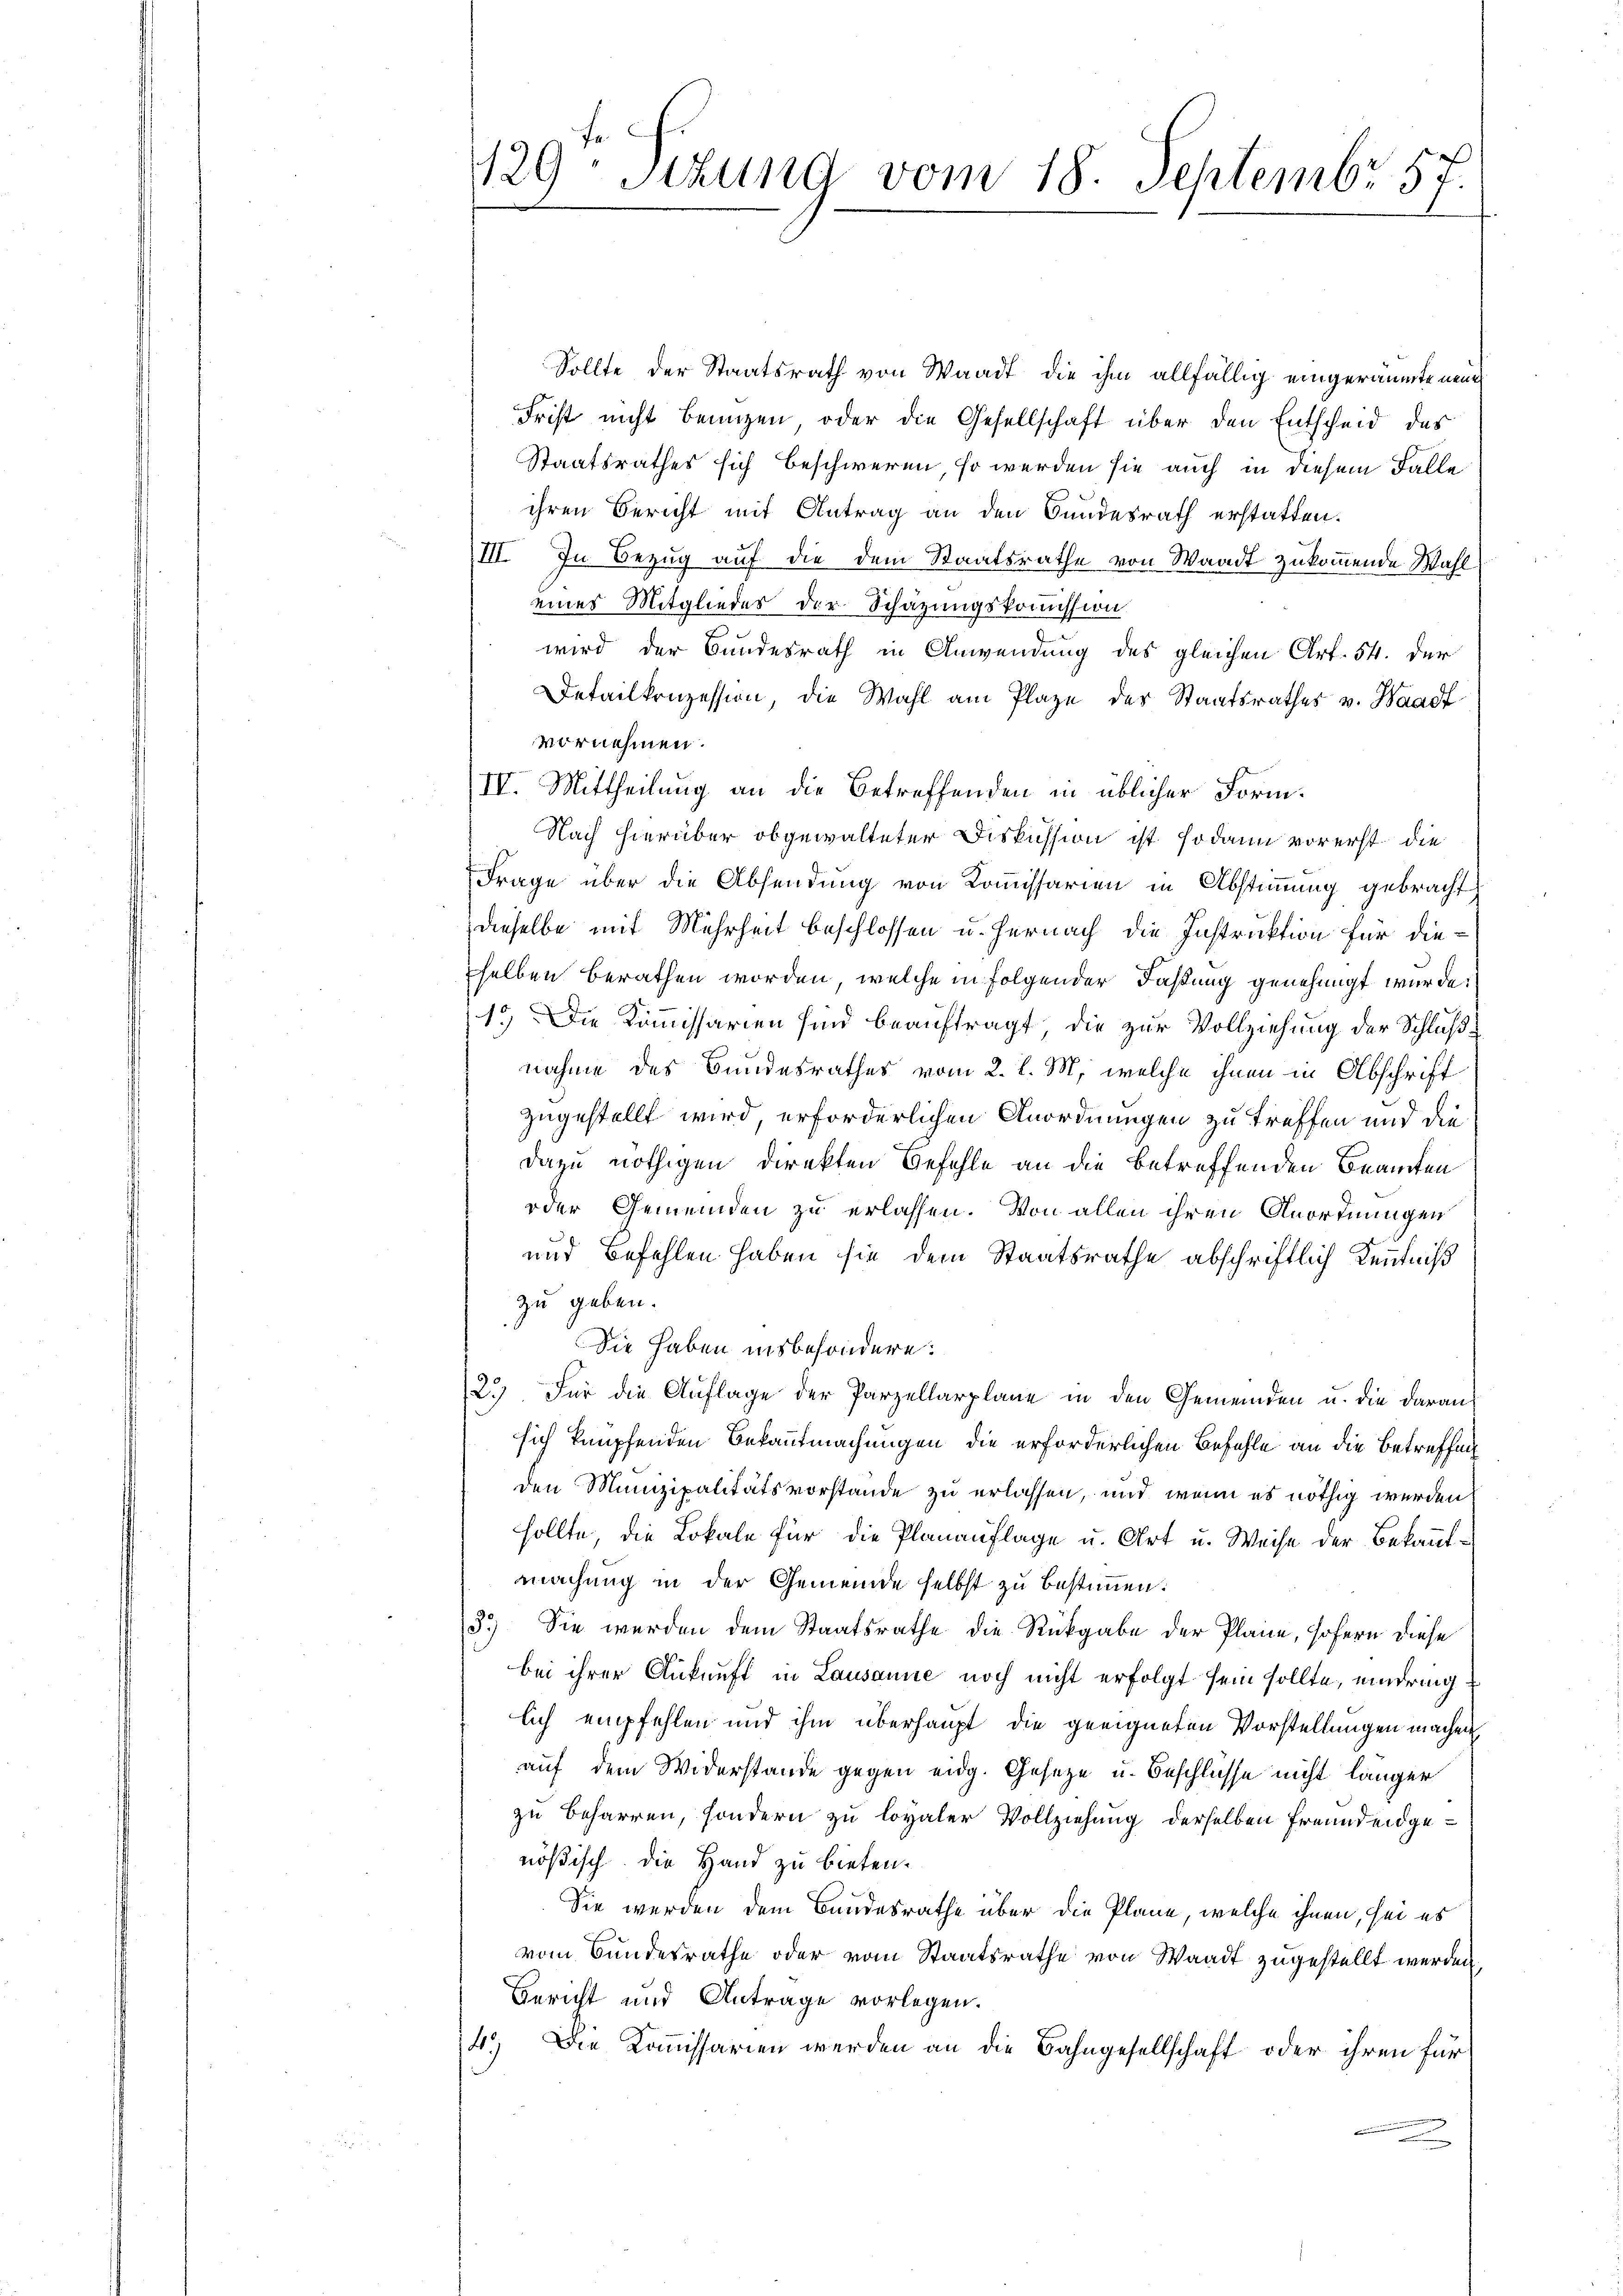
Sollte der Staatsrath von Waadt die ihm allfällig eingeräumte neue
Frist nicht benuzen oder die Gesellschaft über den Entscheid des
Staatsrathes sich beschweren, so werden sie auch in diesem Falle
ihren Bericht mit Antrag an den Bundesrath erstatten.
III. In Bezug auf die dem Staatsrathe von Waadt zukommende Wahl
eines Mitgliedes der Schazungskommission
wird der Bundesrath in Anwendung des gleichen Art. 54. der
Detailkonzession, die Wahl am Plaze des Staatsrathes v. Waadt
vornehmen.
IV. Mittheilung an die Betreffenden in üblicher Form.
Nach hierüber obgewalteter Diskussion ist sodann vorerst die
Frage über die Absendung von Kommissarien in Abstimmung gebracht,
dieselbe mit Mehrheit beschlossen u. hernach die Instruktion für diesselben berathen worden, welche in folgender Faßung genehmigt wurde.
1.) Die Kommissarien sind beauftragt, die zur Vollziehung der Schlußnahme des Bundesrathes vom 2. l. M., welche ihnen in Abschrift
zugestellt wird, erforderlichen Anordnungen zu treffen und die
dazu nöthigen direkten Befehle an die betreffenden Beamten
oder Gemeinden zu erlassen. Von allen ihren Anordnungen
und Befehlen haben sie dem Staatsrathe abschriftlich Kenntniß
zu geben.
Die haben insbesondere:
2.) Für die Auflage der Parzellarplane in den Gemeinden u. die daran-
sich knüpfenden Bekanntmachungen die erforderlichen Befehle an die Betreffen
den Munizipalitätsvorstande zu erlassen, und wenn es nöthig werden
sollte, die Lokale für die Planauflage u. Art u. Weise der Bekanntmachung in der Gemeinde selbst zu bestimmen:
3.) Sie werden dem Staatsrathe die Rückgabe der Plane, sofern diese
bei ihrer Ankunft in Lausanne noch nicht erfolgt sein sollte, eindringlich empfehlen und ihm überhaupt die geeigneten Vorstellungen machen
auf dem Widerstande gegen eidg. Geseze u. Beschlüsse nicht länger
zu beharren, sondern zu loyaler Vollziehung derselben Freunden genößisch. Die Hand zu bieten.
Sie werden dem Bundesrathe über die Plane, welche ihnen, sei es
vom Bundesrathe oder vom Staatsrathe von Waadt zugestellt werden.
Bericht und Antrage vorlegen.
4.) Die Kommissarien werden an die Bahngesellschaft oder ihren für

129 Stzung vom 18. Septembr. 57.